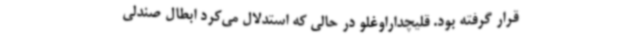
قرار گرفته بود. قلیچداراوغلو در حالی که استدلال می‌کرد ابطال صندلی